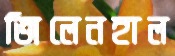
জিলেনহাল